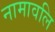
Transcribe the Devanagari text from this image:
नामावलि